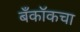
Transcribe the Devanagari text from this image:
बँकॉकचा